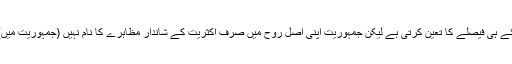
اس سلسلہ میں جمہوریت کو اہمیت حاصل ہے کیونکہ اکثریتی رائے ہی فیصلے کا تعین کرتی ہے لیکن جمہوریت اپنی اصل روح میں صرف اکثریت کے شاندار مظاہرے کا نام نہیں (جمہوریت میں) اقلیتی نکتہ نظر کے بارے میں بھی ہمدردانہ رویّہ پایا جاتا ہے۔